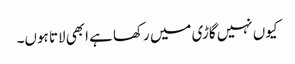
کیوں نہیں گاڑی میں رکھا ہے ابھی لاتا ہوں۔